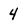
Character: 4